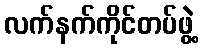
လက်နက်ကိုင်တပ်ဖွဲ့